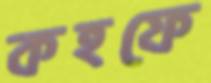
কহফে